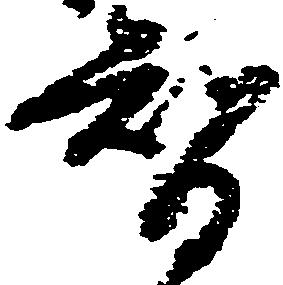
智